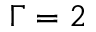
\Gamma = 2